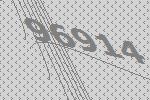
96914